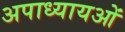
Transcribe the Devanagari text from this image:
अपाध्यायओं